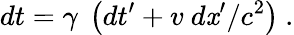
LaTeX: dt=\gamma\ \left(dt^{\prime}+v\ d\mathit{x}^{\prime}/c^{2}\right)\ .